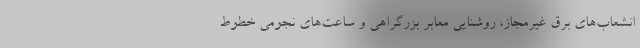
انشعاب‌های برق غیرمجاز، روشنایی معابر بزرگراهی و ساعت‌های نجومی خطوط